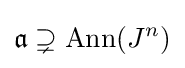
{\mathfrak {a}}\supsetneq \operatorname {Ann} (J^{n})